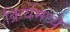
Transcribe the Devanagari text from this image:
क्रियेंमध्ये